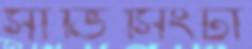
সার্ভিসিংটা